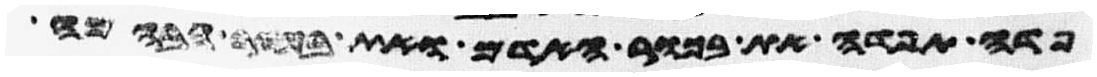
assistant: פדה תפדה את בכור האדם ואת בכור הבהמה